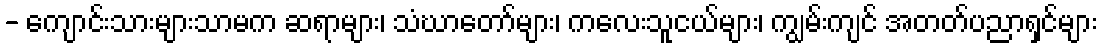
- ကျောင်းသားများသာမက ဆရာများ၊ သံဃာတော်များ၊ ကလေးသူငယ်များ၊ ကျွမ်းကျင် အတတ်ပညာရှင်များ